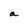
Character: a